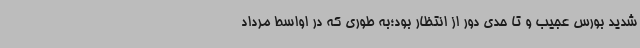
شدید بورس عجیب و تا حدی دور از انتظار بود؛به طوری که در اواسط مرداد